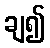
ချ၍